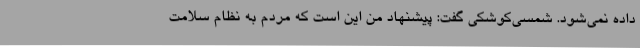
داده نمی‌شود. شمسی‌کوشکی گفت: پیشنهاد من این است که مردم به نظام سلامت